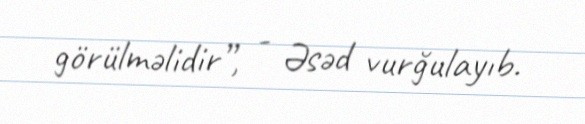
görülməlidir”, - Əsəd vurğulayıb.